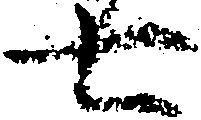
七